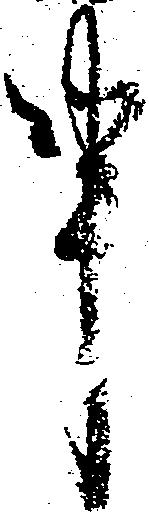
申